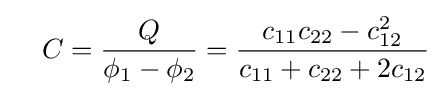
\quad C={\frac {Q}{\phi _{1}-\phi _{2}}}={\frac {c_{11}c_{22}-c_{12}^{2}}{c_{11}+c_{22}+2c_{12}}}